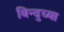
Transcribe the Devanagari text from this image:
बिन्दुच्या